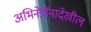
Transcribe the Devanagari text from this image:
अभिनेत्रींनादेखील